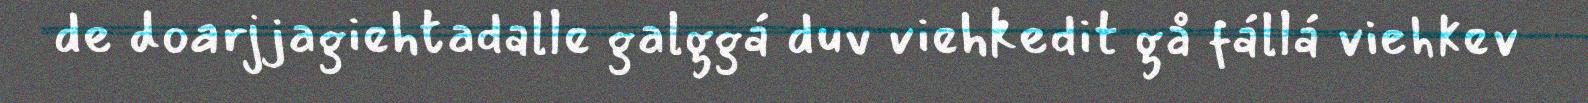
de doarjjagiehtadalle galggá duv viehkedit gå fállá viehkev